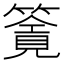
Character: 𥳸